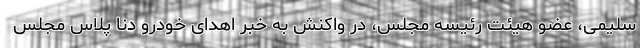
سلیمی، عضو هیئت رئیسه مجلس، در واکنش به خبر اهدای خودرو دنا پلاس مجلس